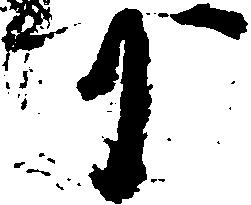
可